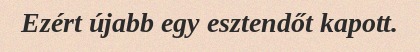
Ezért újabb egy esztendőt kapott.